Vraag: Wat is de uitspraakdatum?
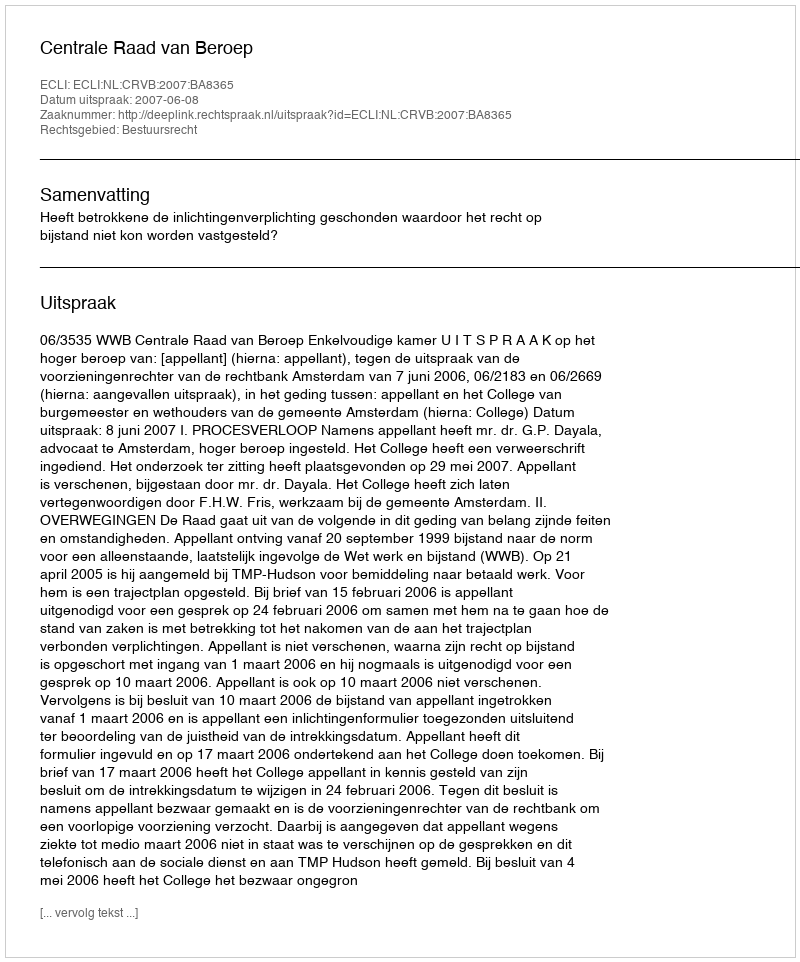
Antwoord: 2007-06-08